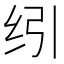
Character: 纼